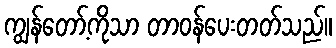
ကျွန်တော့်ကိုသာ တာဝန်ပေးတတ်သည်။